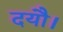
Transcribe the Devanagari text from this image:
दयौ।